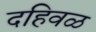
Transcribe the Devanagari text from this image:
दहिवळ